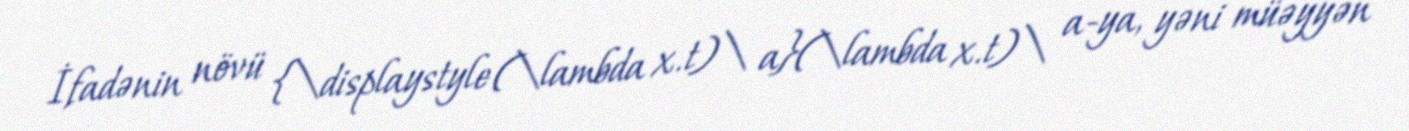
İfadənin növü {\displaystyle (\lambda x.t)\ a}(\lambda x.t)\ a-ya, yəni müəyyən